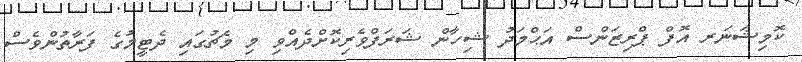
ކޮމިޝަނަރ އޮފް ޕްރިޒަންސް އަޙްމަދު ޝިހާން ޝަރަފްވެރިކޮށްދެއްވި މި މެޗުގައި ދެޓީމުގެ ފަރާތުންވެސް